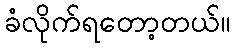
ခံလိုက်ရတော့တယ်။